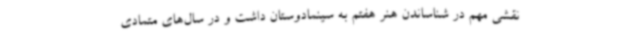
نقشی مهم در شناساندن هنر هفتم به سینمادوستان داشت و در سال‌های متمادی